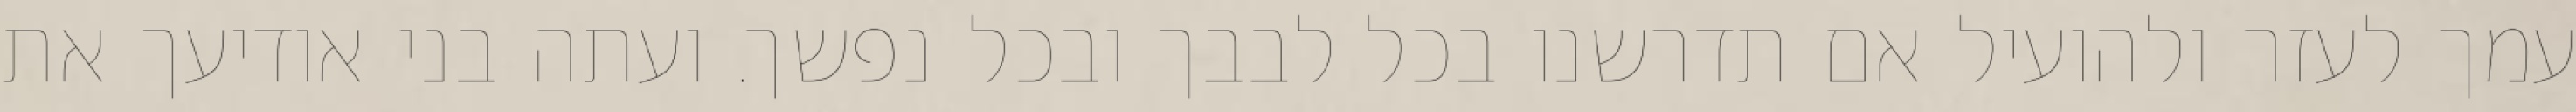
עמך לעזר ולהועיל אם תדרשנו בכל לבבך ובכל נפשך. ועתה בני אודיעך את